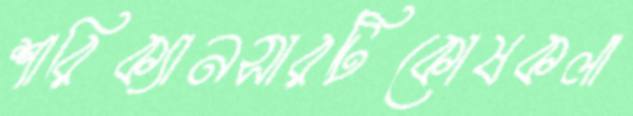
শারিক্যানসারটিকোষকলা